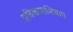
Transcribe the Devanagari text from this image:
प्रतिकाराशिवाय